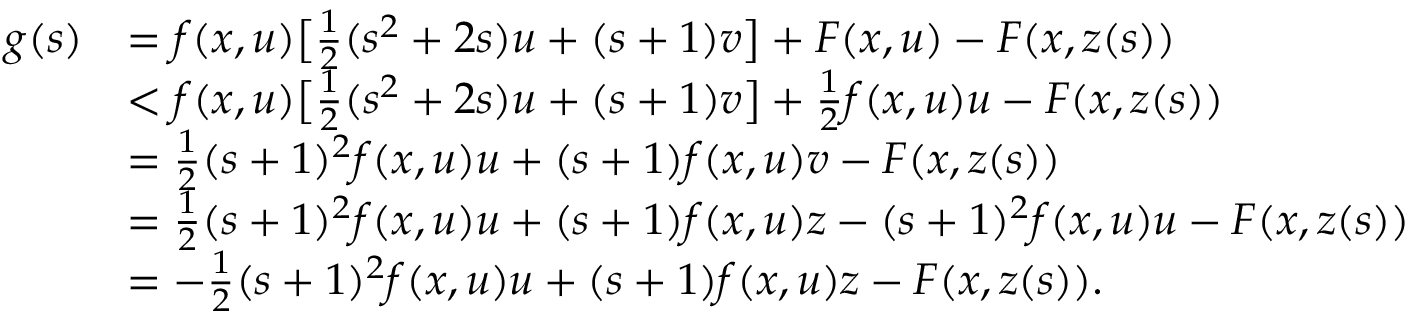
\begin{array} { r l } { g ( s ) } & { = f ( x , u ) \big [ \frac { 1 } { 2 } ( s ^ { 2 } + 2 s ) u + ( s + 1 ) v \big ] + F ( x , u ) - F ( x , z ( s ) ) } \\ & { < f ( x , u ) \big [ \frac { 1 } { 2 } ( s ^ { 2 } + 2 s ) u + ( s + 1 ) v \big ] + \frac { 1 } { 2 } f ( x , u ) u - F ( x , z ( s ) ) } \\ & { = \frac { 1 } { 2 } ( s + 1 ) ^ { 2 } f ( x , u ) u + ( s + 1 ) f ( x , u ) v - F ( x , z ( s ) ) } \\ & { = \frac { 1 } { 2 } ( s + 1 ) ^ { 2 } f ( x , u ) u + ( s + 1 ) f ( x , u ) z - ( s + 1 ) ^ { 2 } f ( x , u ) u - F ( x , z ( s ) ) } \\ & { = - \frac { 1 } { 2 } ( s + 1 ) ^ { 2 } f ( x , u ) u + ( s + 1 ) f ( x , u ) z - F ( x , z ( s ) ) . } \end{array}